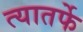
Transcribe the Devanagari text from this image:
त्यातर्फे